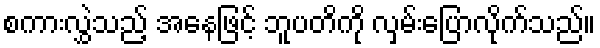
စကားလွှဲသည့် အနေဖြင့် ဘူပတိကို လှမ်းပြောလိုက်သည်။